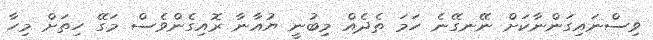
ވިސްނައިގަންނާކަށް ނޭނގޭނެ ހަމަ ތެދެއް މިބުނީ ޔުއާނާ ރޮއިގެންވެސް މަގޭ ހިތަށް މިހާ